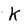
Character: K